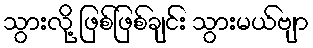
သွားလို့ ဖြစ်ဖြစ်ချင်း သွားမယ်ဗျာ